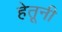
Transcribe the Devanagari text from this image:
हेतूनी